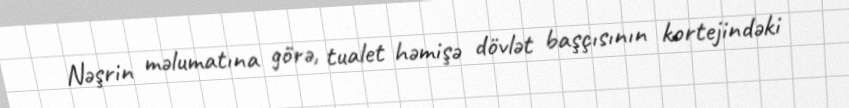
Nəşrin məlumatına görə, tualet həmişə dövlət başçısının kortejindəki